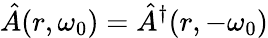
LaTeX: \hat{A}(r,\omega_{0})=\hat{A}^{\dagger}(r,-\omega_{0})